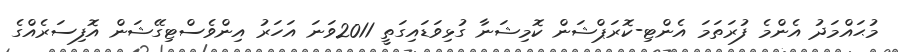
މުޙައްމަދު އެންމެ ފުރަތަމަ އެންޓި-ކޮރަޕްޝަން ކޮމިޝަނާ ގުޅިވަޑައިގަތީ 2011ވަނަ އަހަރު އިންވެސްޓިގޭޝަން އޮފިސަރެއްގެ